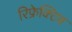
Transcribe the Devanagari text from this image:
रिफ्रेक्टिव